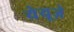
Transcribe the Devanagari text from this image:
येयूज़े